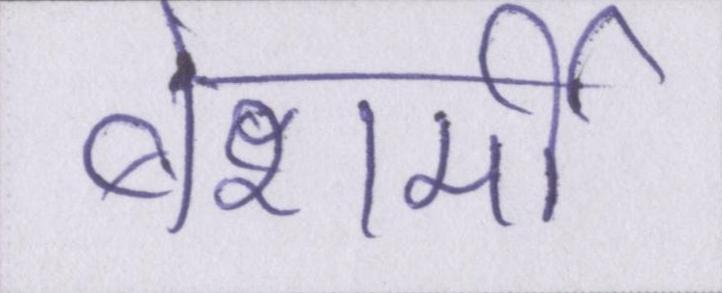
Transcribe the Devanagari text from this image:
बेशर्मी